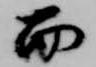
而